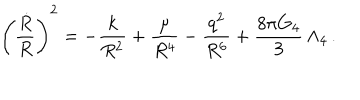
\left( \frac { \dot { R } } { R } \right) ^ { 2 } = - \frac { k } { R ^ { 2 } } + \frac { \mu } { R ^ { 4 } } - \frac { q ^ { 2 } } { R ^ { 6 } } + \frac { 8 \pi G _ { 4 } } { 3 } \, \Lambda _ { 4 } \, .